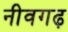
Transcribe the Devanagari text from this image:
नीवगढ़